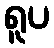
ရူပ